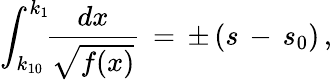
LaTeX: \int_{k_{10}}^{k_{1}}\! \! \frac{dx}{\sqrt{f(x)}}\, =\, \pm\, (s\, -\, s_{0})\, {,}